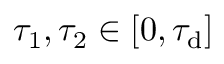
\tau _ { 1 } , \tau _ { 2 } \in [ 0 , \tau _ { \mathrm { d } } ]